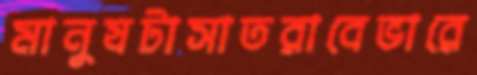
মানুষটাসাতরাবেভারে